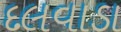
દલવાડા